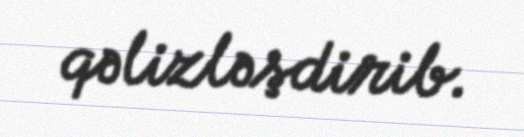
qəlizləşdirib.